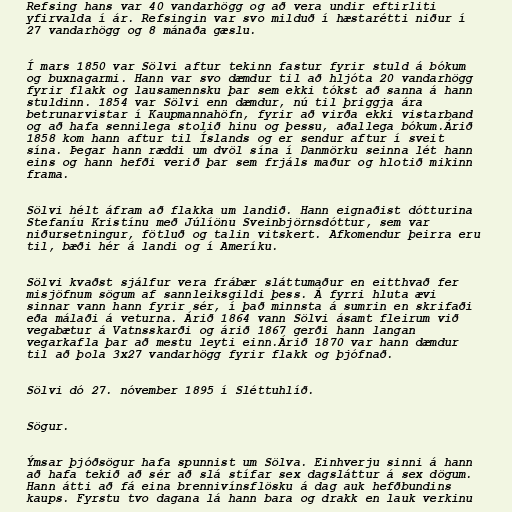
Refsing hans var 40 vandarhögg og að vera undir eftirliti
yfirvalda í ár. Refsingin var svo milduð í hæstarétti niður í
27 vandarhögg og 8 mánaða gæslu.

Í mars 1850 var Sölvi aftur tekinn fastur fyrir stuld á bókum
og buxnagarmi. Hann var svo dæmdur til að hljóta 20 vandarhögg
fyrir flakk og lausamennsku þar sem ekki tókst að sanna á hann
stuldinn. 1854 var Sölvi enn dæmdur, nú til þriggja ára
betrunarvistar í Kaupmannahöfn, fyrir að virða ekki vistarband
og að hafa sennilega stolið hinu og þessu, aðallega bókum.Árið
1858 kom hann aftur til Íslands og er sendur aftur í sveit
sína. Þegar hann ræddi um dvöl sína í Danmörku seinna lét hann
eins og hann hefði verið þar sem frjáls maður og hlotið mikinn
frama.

Sölvi hélt áfram að flakka um landið. Hann eignaðist dótturina
Stefaníu Kristínu með Júlíönu Sveinbjörnsdóttur, sem var
niðursetningur, fötluð og talin vitskert. Afkomendur þeirra eru
til, bæði hér á landi og í Ameríku.

Sölvi kvaðst sjálfur vera frábær sláttumaður en eitthvað fer
misjöfnum sögum af sannleiksgildi þess. Á fyrri hluta ævi
sinnar vann hann fyrir sér, í það minnsta á sumrin en skrifaði
eða málaði á veturna. Árið 1864 vann Sölvi ásamt fleirum við
vegabætur á Vatnsskarði og árið 1867 gerði hann langan
vegarkafla þar að mestu leyti einn.Árið 1870 var hann dæmdur
til að þola 3x27 vandarhögg fyrir flakk og þjófnað.

Sölvi dó 27. nóvember 1895 í Sléttuhlíð.

Sögur.

Ýmsar þjóðsögur hafa spunnist um Sölva. Einhverju sinni á hann
að hafa tekið að sér að slá stífar sex dagsláttur á sex dögum.
Hann átti að fá eina brennivínsflösku á dag auk hefðbundins
kaups. Fyrstu tvo dagana lá hann bara og drakk en lauk verkinu